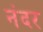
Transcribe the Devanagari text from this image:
नंदर